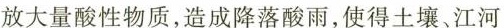
放大量酸性物质，造成降落酸雨，使得土壤、江河